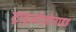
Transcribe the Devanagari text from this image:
ट्राइओज़ोनाइड